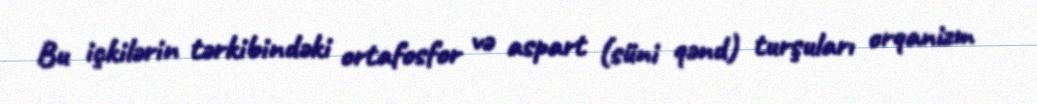
Bu içkilərin tərkibindəki ortafosfor və aspart (süni qənd) turşuları orqanizm